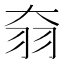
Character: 𦏷